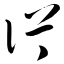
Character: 佧